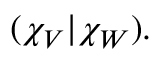
( \chi _ { V } | \chi _ { W } ) .